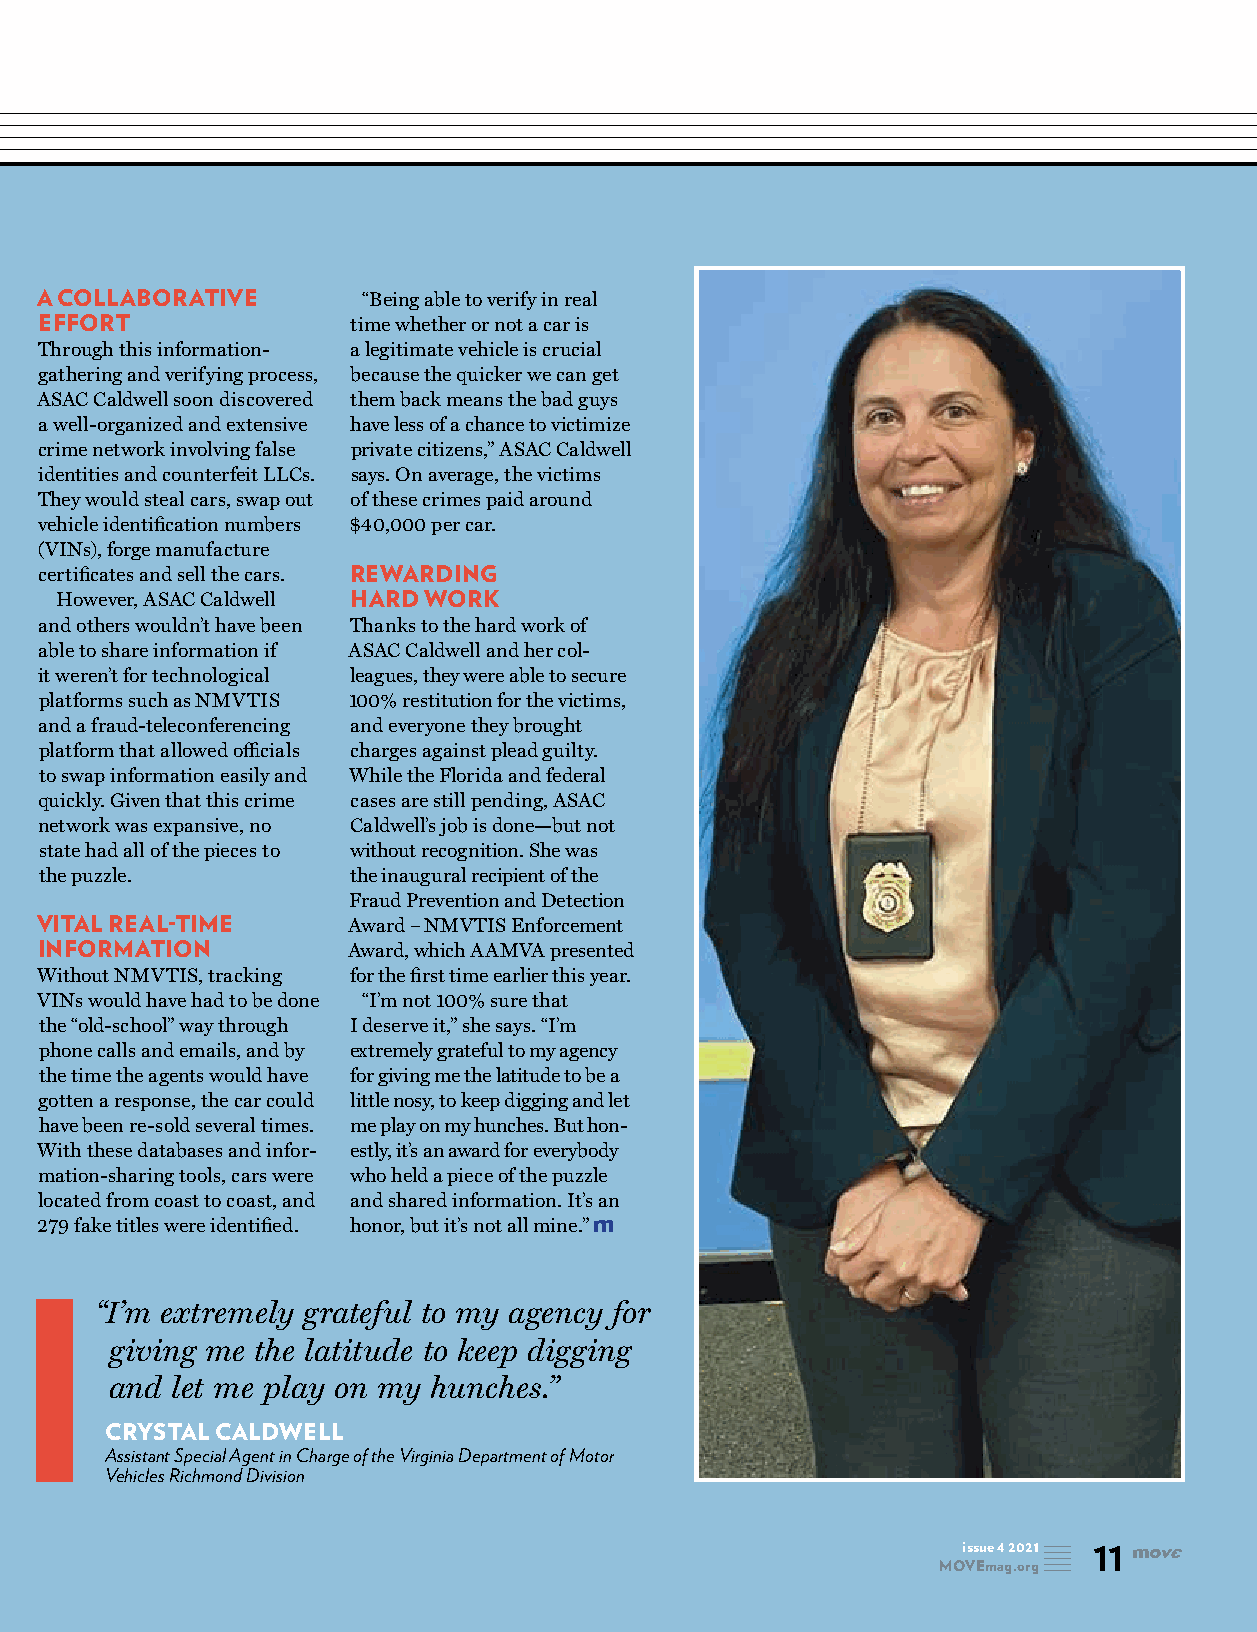
Curiosity
 A COLLABORATIVE       “Being able to verify in real
 EFFORT              time whether or not a car is
 Through this information- a legitimate vehicle is crucial
 gathering and verifying process, because the quicker we can get
 ASAC Caldwell soon discovered them back means the bad guys
 Thwarts a well-organized and extensive have less of a chance to victimize
 crime network involving false private citizens,” ASAC Caldwell
 identities and counterfeit LLCs. says. On average, the victims
 They would steal cars, swap out of these crimes paid around
 vehicle identification numbers $40,000 per car.
 (VINs), forge manufacture
 Criminals certificates and sell the cars. REWARDING
 However, ASAC Caldwell HARD WORK
 and others wouldn’t have been Thanks to the hard work of
 able to share information if ASAC Caldwell and her col-
 it weren’t for technological leagues, they were able to secure
 platforms such as NMVTIS 100% restitution for the victims,
 and a fraud-teleconferencing and everyone they brought
 platform that allowed officials charges against plead guilty.
 to swap information easily and While the Florida and federal
 quickly. Given that this crime cases are still pending, ASAC
 network was expansive, no Caldwell’s job is done—but not
 state had all of the pieces to without recognition. She was
 the puzzle.         the inaugural recipient of the
 Fraud Prevention and Detection
 VITAL REAL-TIME      Award – NMVTIS Enforcement
 INFORMATION         Award, which AAMVA presented
 Without NMVTIS, tracking for the first time earlier this year.
 VINs would have had to be done “I’m not 100% sure that
 the “old-school” way through I deserve it,” she says. “I’m
 phone calls and emails, and by extremely grateful to my agency
 the time the agents would have for giving me the latitude to be a
 gotten a response, the car could little nosy, to keep digging and let
 have been re-sold several times. me play on my hunches. But hon-
 With these databases and infor- estly, it’s an award for everybody
 mation-sharing tools, cars were who held a piece of the puzzle
 located from coast to coast, and and shared information. It’s an
 279 fake titles were identified. honor, but it’s not all mine.”
 “I’m extremely grateful to my agency for
 giving me the latitude to keep digging
 and let me play on my hunches.”
 CRYSTAL CALDWELL
 Assistant Special Agent in Charge of the Virginia Department of Motor
 Vehicles Richmond Division
 issue 4 2021 11
 MOVEmag.org